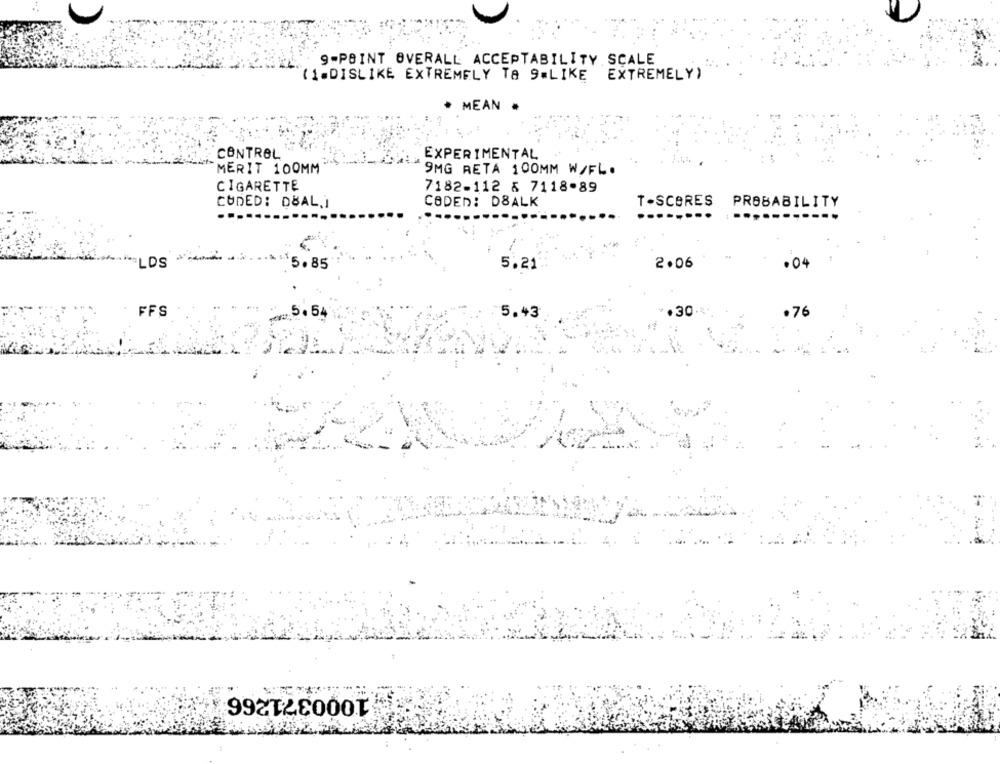
9-POINT OVERALL ACCEPTABILITY SCALE
EXTREMELY)
(1=DISLIKE EXTREMELY TA 9=LIKE
MEAN .
CONTROL
EXPERIMENTAL
MERIT 100MM
9MG RETA 100MM W/FL.
CIGARETTE
7182-112 & 7118.89
CODED: DBAL. I
CODED: D8ALK
T-SCORES PROBABILITY
"LOS
$$5.85
5.21
2.06
.04
FFS
.30
.76
5. 54
5.43
1000371266